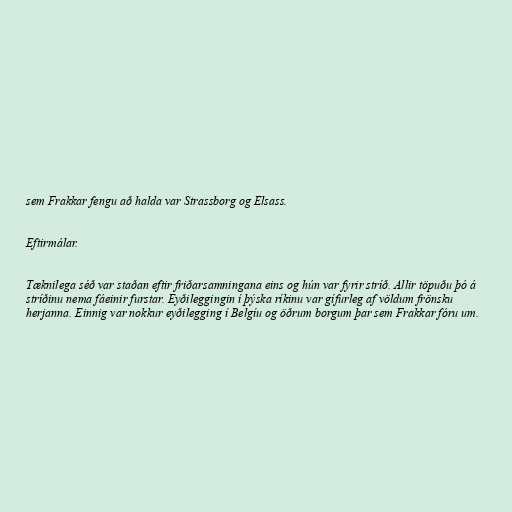
sem Frakkar fengu að halda var Strassborg og Elsass.

Eftirmálar.

Tæknilega séð var staðan eftir friðarsamningana eins og hún var fyrir stríð. Allir töpuðu þó á
stríðinu nema fáeinir furstar. Eyðileggingin í þýska ríkinu var gífurleg af völdum frönsku
herjanna. Einnig var nokkur eyðilegging í Belgíu og öðrum borgum þar sem Frakkar fóru um.